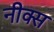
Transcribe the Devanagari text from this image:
नीक्स